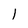
Character: 1